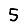
Digit: 5